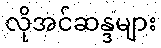
လိုအင်ဆန္ဒများ